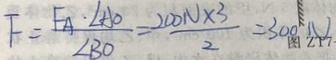
F = \frac { F _ { A } \cdot \angle A O } { \angle B O } = \frac { 2 0 0 N \times 3 } { 2 } = 3 0 0 N